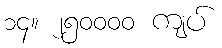
၁၄။ ၂၅၀၀၀၀ ကျပ်